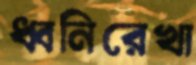
ধ্বনিরেখা